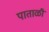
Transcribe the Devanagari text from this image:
पाताळीं